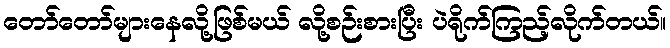
တော်တော်များနေလို့ဖြစ်မယ် လို့စဉ်းစားပြီး ပဲရိုက်ကြည့်လိုက်တယ်။